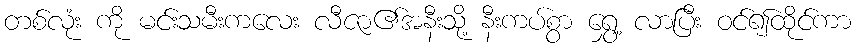
တစ်လုံး ကို မင်းသမီးကလေး လီဇာ၏အနီးသို့ နီးကပ်စွာ ရွှေ့ လာပြီး ဝင်၍ထိုင်ကာ